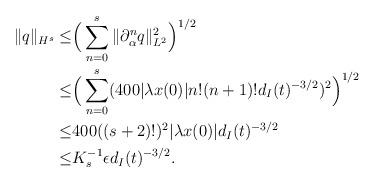
LaTeX: \begin{align*} \|q\|_{H^s}\leq &\Big(\sum_{n=0}^s \|\partial_{\alpha}^n q\|_{L^2}^2\Big)^{1/2}\\ \leq & \Big(\sum_{n=0}^s (400|\lambda x(0)| n! (n+1)! d_I(t)^{-3/2})^2\Big) ^{1/2}\\ \leq & 400((s+2)!)^2 |\lambda x(0)| d_I(t)^{-3/2}\\ \leq & K_s^{-1}\epsilon d_I(t)^{-3/2}.\end{align*}